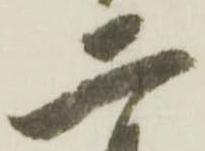
二